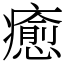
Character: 癒